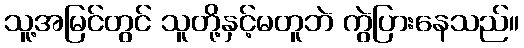
သူ့အမြင်တွင် သူတို့နှင့်မတူဘဲ ကွဲပြားနေသည်။